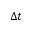
\Delta t